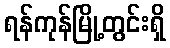
ရန်ကုန်မြို့တွင်းရှိ